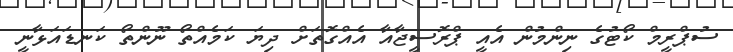
ސުޕްރީމް ކޯޓުގެ ނިންމުން އެއީ ޕްރޮސީޖާއާ އެއްގޮތަށް ދިޔަ ކަމެއްތޯ ނޫންތޯ ކަނޑައަޅާނީ